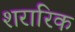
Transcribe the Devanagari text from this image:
शरारिक